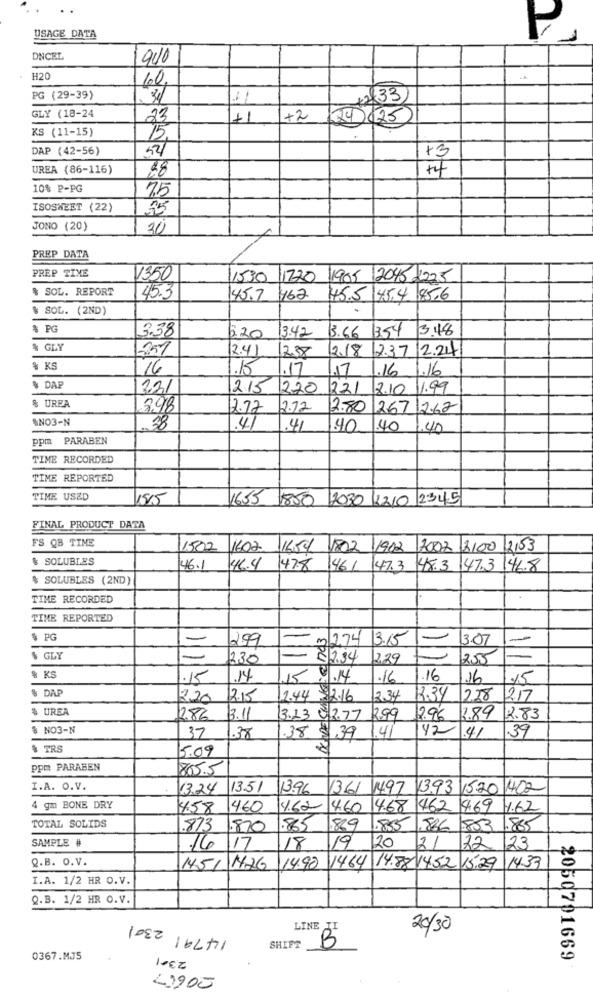
USAGE DATA
DNCEL
900
H20
60
PG (29-39)
34
+233
GLY (18-24
23
+1
+2
24 625
KS (11-15)
15.
DAP (42-56)
52
+3
UREA (86-116)
88
10% P-PG
75
ISOSWEET (22)
JONO (20)
30
PREP DATA
PREP TIME
1350
11530 1720
11905 /2045 2225
% SOL. REPORT
45.3
45.7
462
45.5 45.4 85.6
& SOL. (2ND)
$ PG
3.38
3.48
2.20 3.42
13.66 1354
% GLY
2.41
12.38
218 12.37/2.24
% KS
176
.15.17
1.17
1.16
1.16
% DAP
221
215 220
221 2.10 1.99
% UREA
3.98
2.72 2.72
12.80 267 2.62
SNO3-N
38
.41
.41
40
1.40
140
ppm PARABEN
TIME RECORDED
TIME REPORTED
TIME USED
15/5
1655 1850 2030 2210 2345
FINAL PRODUCT DATA
FS QB TIME
1502
1602
14/04/02/1902
2002 2100 2,53
& SOLUBLES
46.1
46.4
47.8 461 47.3
48.3
47.3 146.8
$ SOLUBLES (2ND)
TIME RECORDED
TIME REPORTED
$ PG
299
m274 3.15
1-
3.07
-
& GLY
230
82.34
2.29
255
% KS
.15
.14
15.4.14
.16
1.16
16
15
% DAP
12.20
2.15
2.44 2.16
2.34
1234
228
12.17
$ UREA
1286
3.11
3.23 82.77
2.99
2.96
3.89 2.83
8 NO3-N
42
.41
39
37
.38
.38 $39
1.41
$ TRS
5.09
ppm PARABEN
865.5
I.A. O.V.
13.24
1351
13.96
13.61 1497 13.93
1520 1402
4 gm BONE DRY
4.58
1460
4.62
460
14.68
1462
469
14.62
TOTAL SOLIDS
.873
1.870
.885
889
1.885
886
883
1.885
SAMPLE #
16 17
18
19
120
21
72
23
Q.B. O.V.
14.33
145/
M2G
14.90
1464 14.88 14.52 15.29
I.A. 1/2 HR O.V.
Q.B. 1/2 HR O.V.
14791 2301
LINE JI
20/30
SHIFT
0367.MJ5
2050791669
10EZ
29900